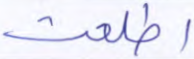
اطلعت